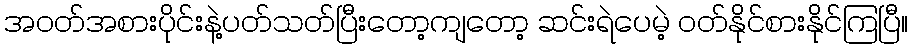
အဝတ်အစားပိုင်းနဲ့ပတ်သတ်ပြီးတော့ကျတော့ ဆင်းရဲပေမဲ့ ဝတ်နိုင်စားနိုင်ကြပြီ။